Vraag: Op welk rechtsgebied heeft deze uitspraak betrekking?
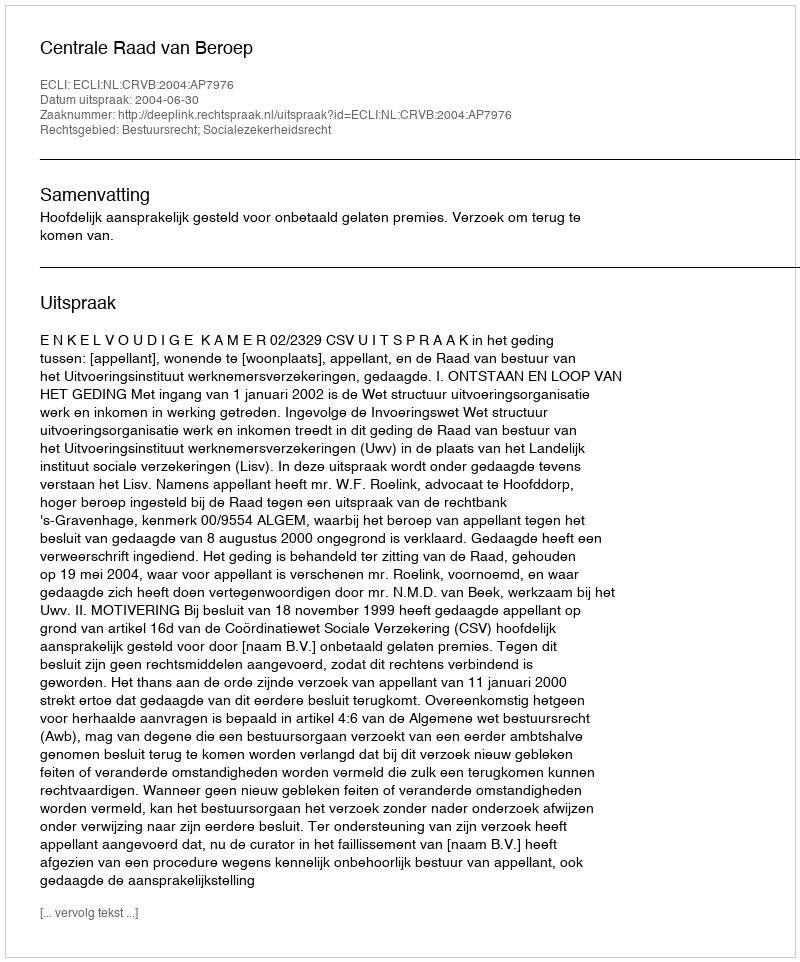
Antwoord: Bestuursrecht; Socialezekerheidsrecht